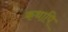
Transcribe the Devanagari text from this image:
कथापि